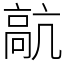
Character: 髚